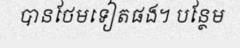
បានថែមទៀតផង។ បន្ថែម